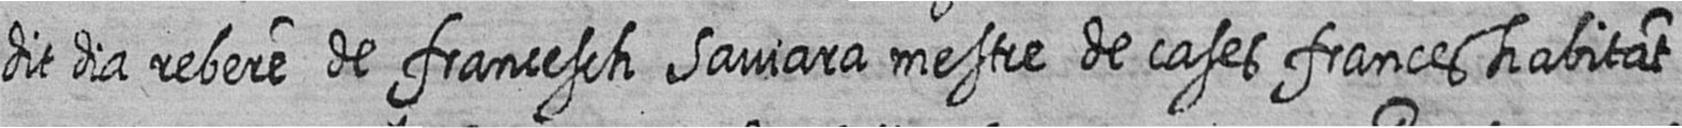
dit dia rebere de francesch Saviara mestre de cases frances habitat